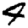
Digit: 9